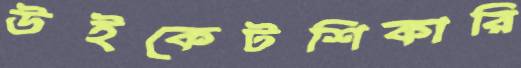
উইকেটশিকারি